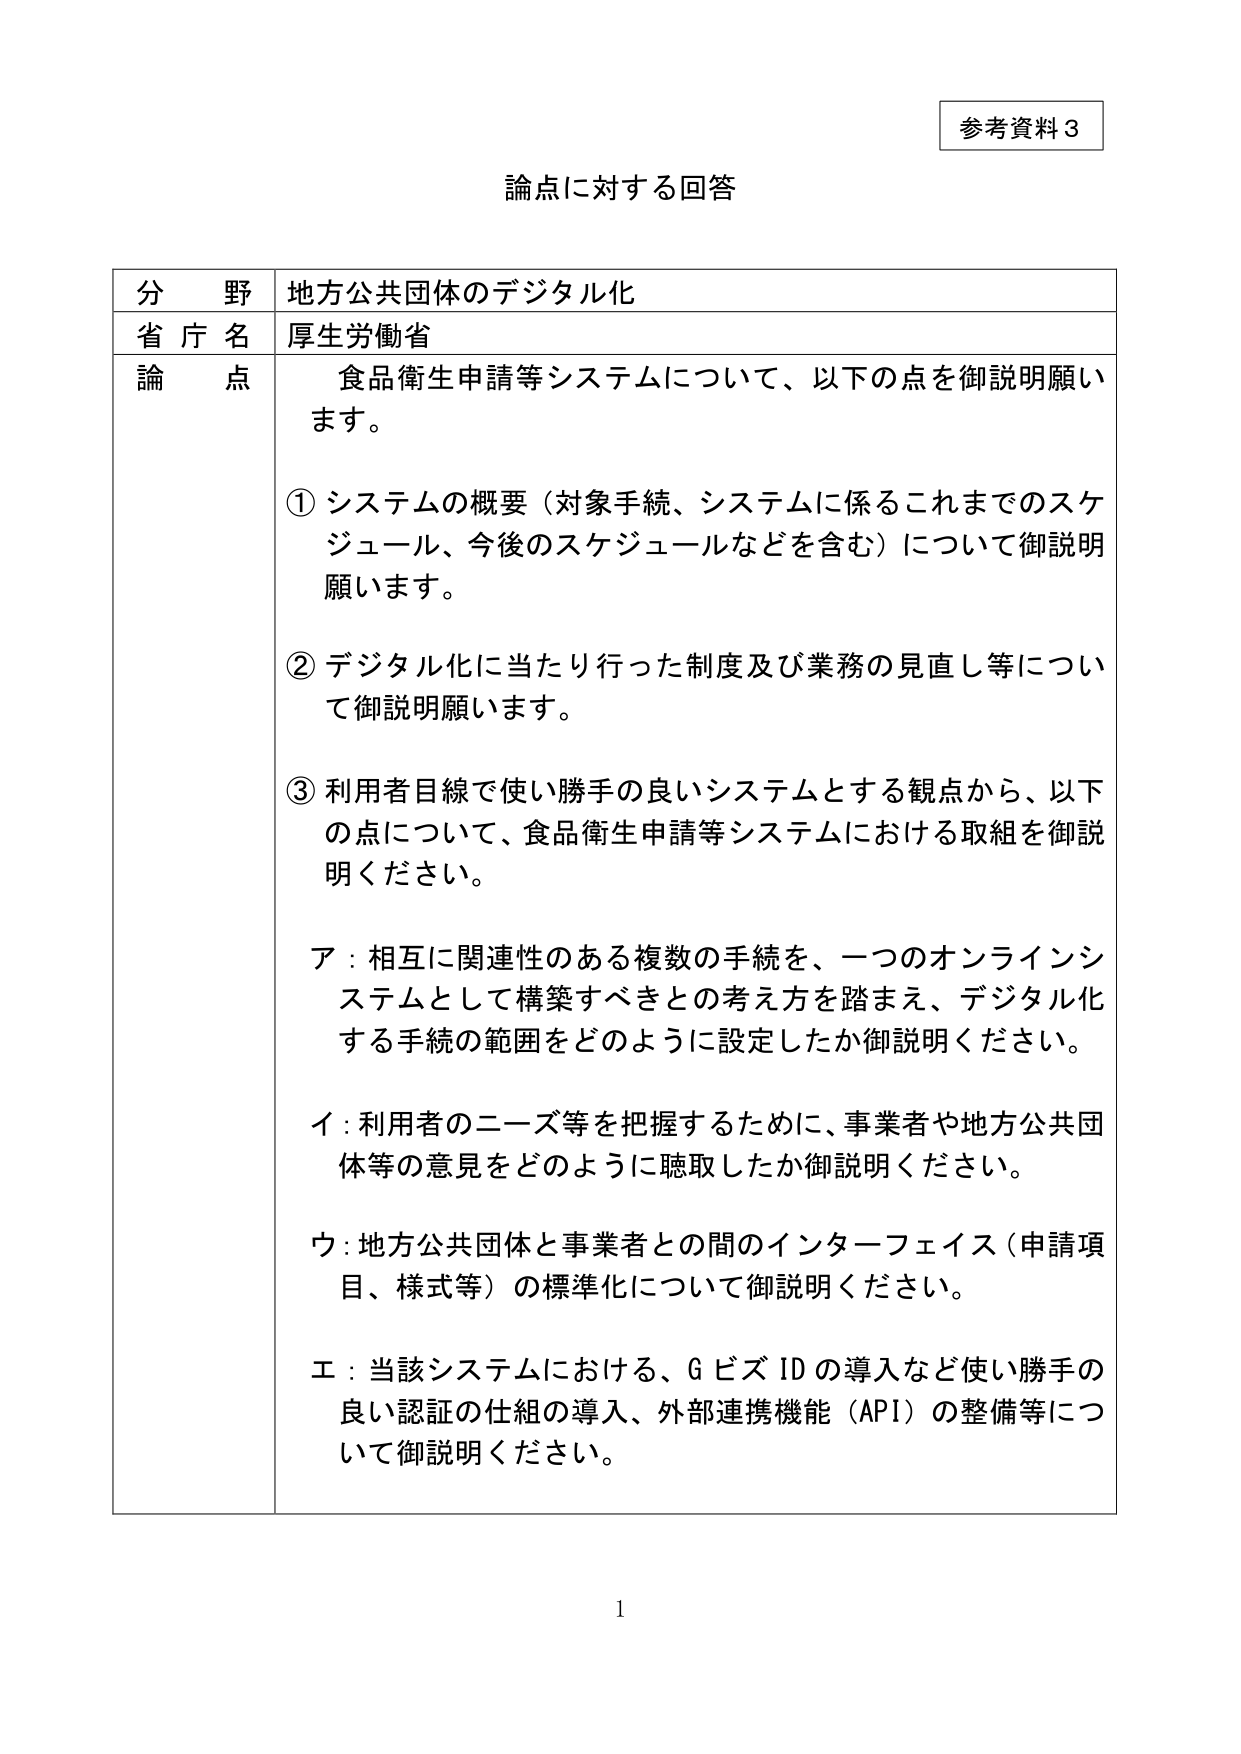
参考資料３

論点に対する回答

分野　地方公共団体のデジタル化
省庁名　厚生労働省
論点　食品衛生申請等システムについて、以下の点を御説明願います。

① システムの概要（対象手続、システムに係るこれまでのスケジュール、今後のスケジュールなどを含む）について御説明願います。

② デジタル化に当たり行った制度及び業務の見直し等について御説明願います。

③ 利用者目線で使い勝手の良いシステムとする観点から、以下の点について、食品衛生申請等システムにおける取組を御説明ください。

ア：相互に関連性のある複数の手続を、一つのオンラインシステムとして構築すべきとの考え方を踏まえ、デジタル化する手続の範囲をどのように設定したか御説明ください。

イ：利用者のニーズ等を把握するために、事業者や地方公共団体等の意見をどのように聴取したか御説明ください。

ウ：地方公共団体と事業者との間のインターフェイス（申請項目、様式等）の標準化について御説明ください。

エ：当該システムにおける、GビズIDの導入など使い勝手の良い認証の仕組の導入、外部連携機能（API）の整備等について御説明ください。

1